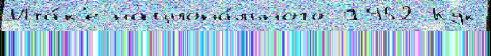
Ита́к'е национа́льного 1952 Кук